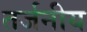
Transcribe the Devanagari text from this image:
तर्जनीय